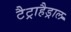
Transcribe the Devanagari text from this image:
टैट्राहैड्राल